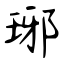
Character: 琊